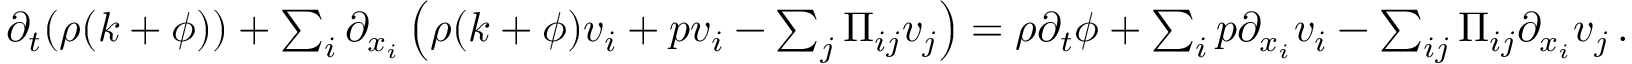
\begin{array} { r } { \partial _ { t } ( \rho ( k + \phi ) ) + \sum _ { i } \partial _ { x _ { i } } \left( \rho ( k + \phi ) v _ { i } + p v _ { i } - \sum _ { j } \Pi _ { i j } v _ { j } \right) = \rho \partial _ { t } \phi + \sum _ { i } p \partial _ { x _ { i } } v _ { i } - \sum _ { i j } \Pi _ { i j } \partial _ { x _ { i } } v _ { j } \, . } \end{array}